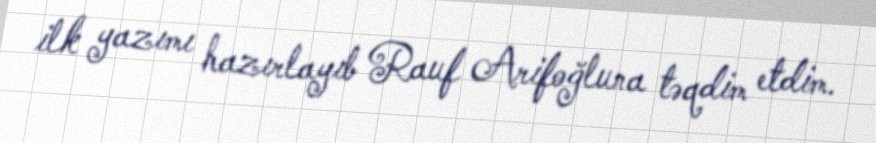
ilk yazımı hazırlayıb Rauf Arifoğluna təqdim etdim.